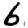
Digit: 6